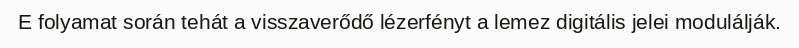
E folyamat során tehát a visszaverődő lézerfényt a lemez digitális jelei modulálják.